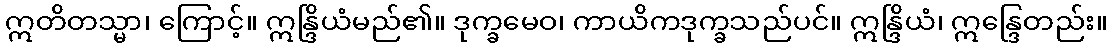
ဣတိတသ္မာ၊ ကြောင့်။ ဣန္ဒြိယံမည်၏။ ဒုက္ခမေဝ၊ ကာယိကဒုက္ခသည်ပင်။ ဣန္ဒြိယံ၊ ဣန္ဒြေတည်း။